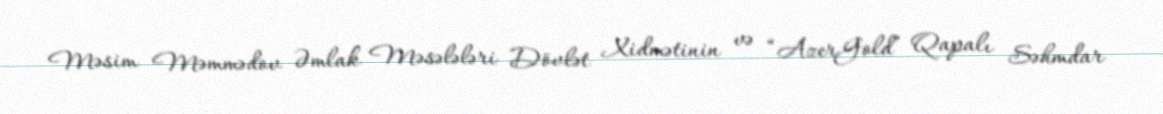
Məsim Məmmədov Əmlak Məsələləri Dövlət Xidmətinin və “AzerGold” Qapalı Səhmdar